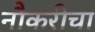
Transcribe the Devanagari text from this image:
नौकरीचा